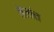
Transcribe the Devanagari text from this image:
तेलांत